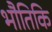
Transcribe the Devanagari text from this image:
भौतिकि